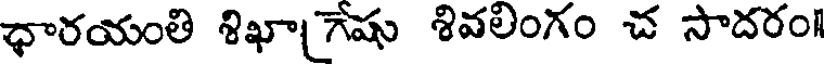
ధారయంతి శిఖాగేషు శివలింగం చ సాదరం